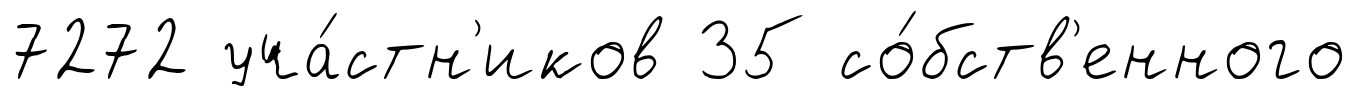
7272 уча́стн'иков 35 со́бств'енного